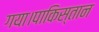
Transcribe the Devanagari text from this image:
गया।पाकिस्तान